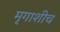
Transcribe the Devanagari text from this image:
मृगाशीच